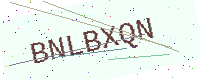
Text: BNLBXQN